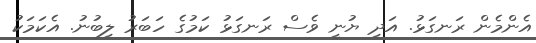
އެންމެން ރަނގަޅު. އަދި ޔުނީ ވެސް ރަނގަޅު ކަމުގެ ހަބަރު ލިބުނު. އެކަމަކު